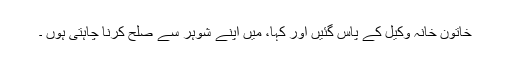
خاتون خانہ وکیل کے پاس گئیں اور کہا، میں اپنے شوہر سے صلح کرنا چاہتی ہوں ۔